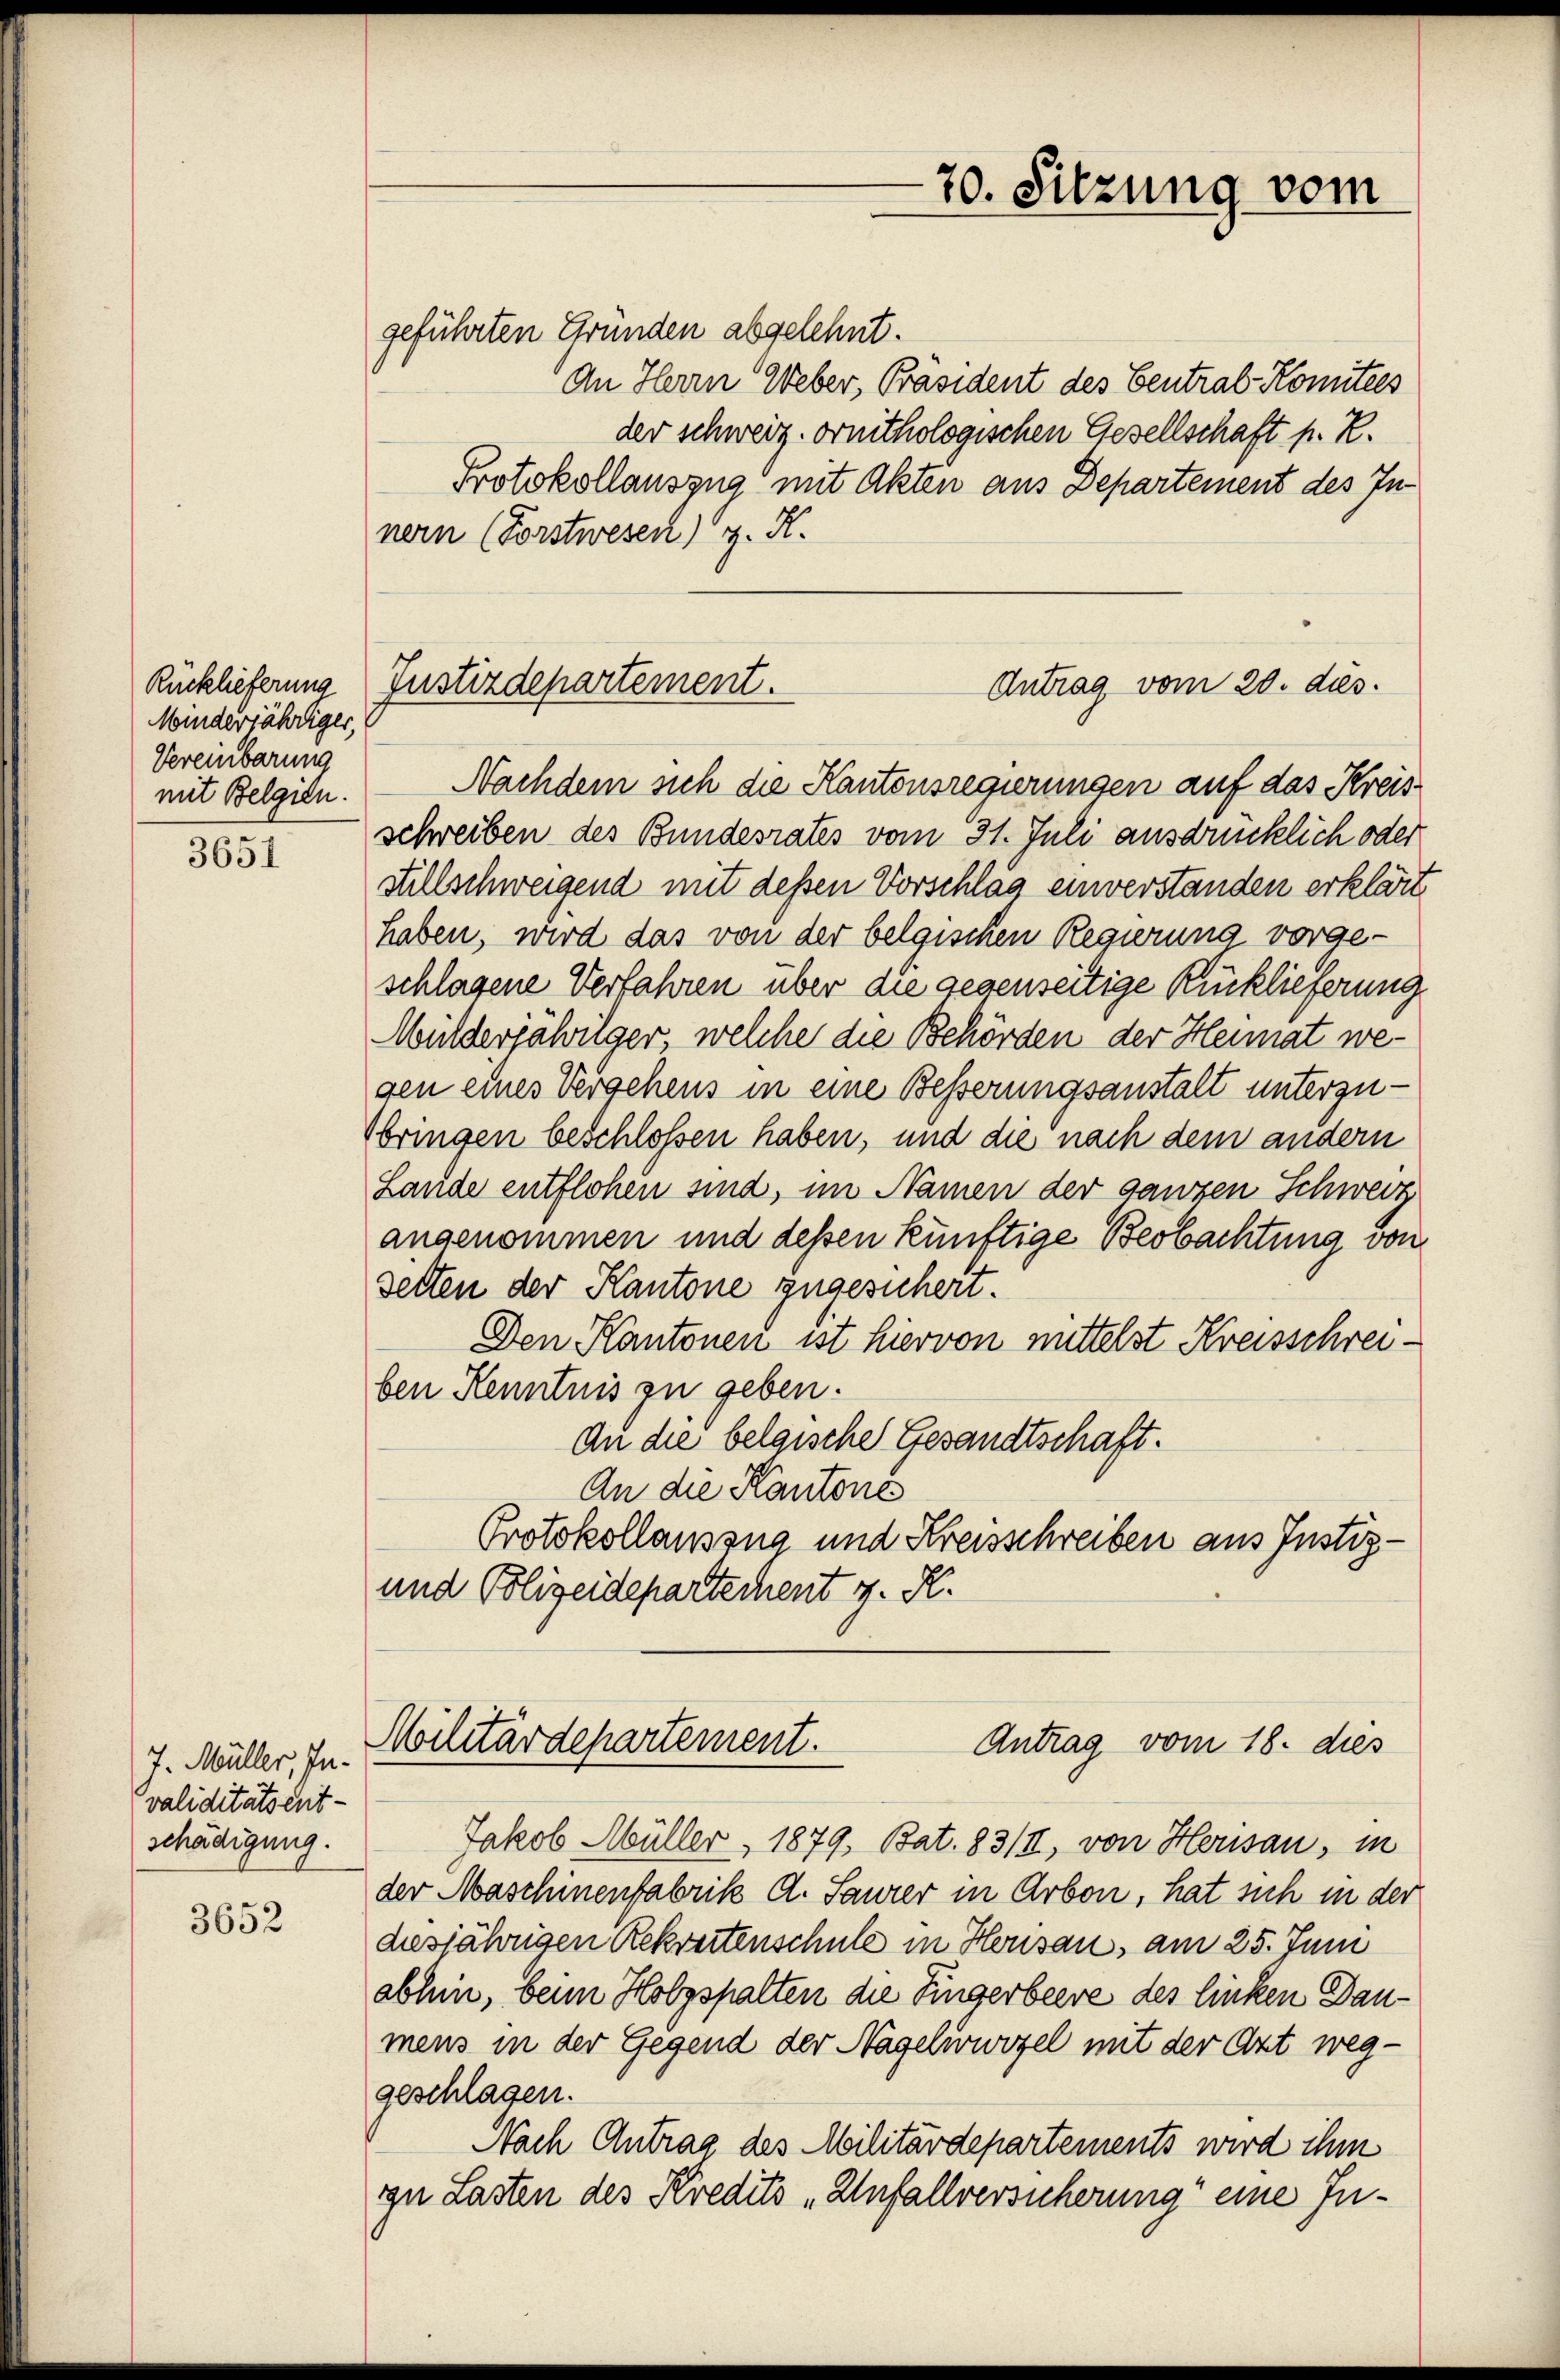
Rücklieferung
Minderjähriger,
Vereinbarung
mit Belgien.

3651

J. Müller, In-
validitätsent-
schädigung.

3652

geführten Gründen abgelehnt.
An Herrn Weber, Präsident des Centrab-Komitees
der schweiz. ornithologischen Gesellschaft p. R.
Protokollauszug mit Akten aus Departement des Innern (Forstwesen) G. K.
Nachdem sich die Kantonsregierungen auf das Kreisschreiben des Bundesrates vom 31. Juli ausdrücklich oder
stillschweigend mit dessen Vorschlag einverstanden erklärt
haben, wird das von der belgischen Regierung vorgeschlagene Verfahren über die gegenseitige Rücklieferung
Milderjähriger, welche die Behörden der Heimat wegen eines Vergehens in eine Besserungsanstalt unterzubringen beschlossen haben, und die nach dem andern
Lande entflohen sind, im Namen der ganzen Schwerz
angenommen und dessen künftige Beobachtung von
setten der Kantone zugesichert.
Den Kantonen ist hiervon mittelst Kreisschreiben Kenntnis zu geben.
An die belgische Gesandtschaft.
An die Kantone
Protokollaussug und Kreisschreiben aus Justiz-
und Polizeidepartechent v. R.

Justizdepartement.
Antrag vom 20. dies.

20. Sitzung vom

Militärdepartement.
Antrag vom 18. dies

Jakob Müller, 1879, Bat. 83/II, von Herisau, in
der Maschinenfabrik A. Saurer in Arbon, hat sich in der
diesjährigen Rekreitenschule in Herisau, am 25. Juni
abhin, beim Holzspalten die Fingerbeere des linken Daumens in der Gegend der Nagelwwozel mit der Art weg-
geschlagen.
Nach Antrag des Militärdepartements wird ihm
zu Lasten des Kredits „Unfallversicherung“ eine In¬